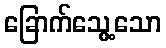
ခြောက်သွေ့သော